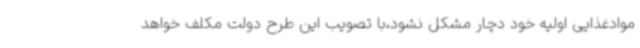
موادغذایی اولیه خود دچار مشکل نشود،با تصویب این طرح دولت مکلف خواهد